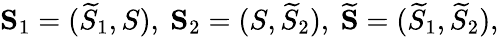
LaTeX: \mathbf{S}_{1}=(\widetilde{S}_{1},S),~\mathbf{S}_{2}=(S,\widetilde{S}_{2}),~\widetilde{\mathbf{S}}=(\widetilde{S}_{1},\widetilde{S}_{2}),